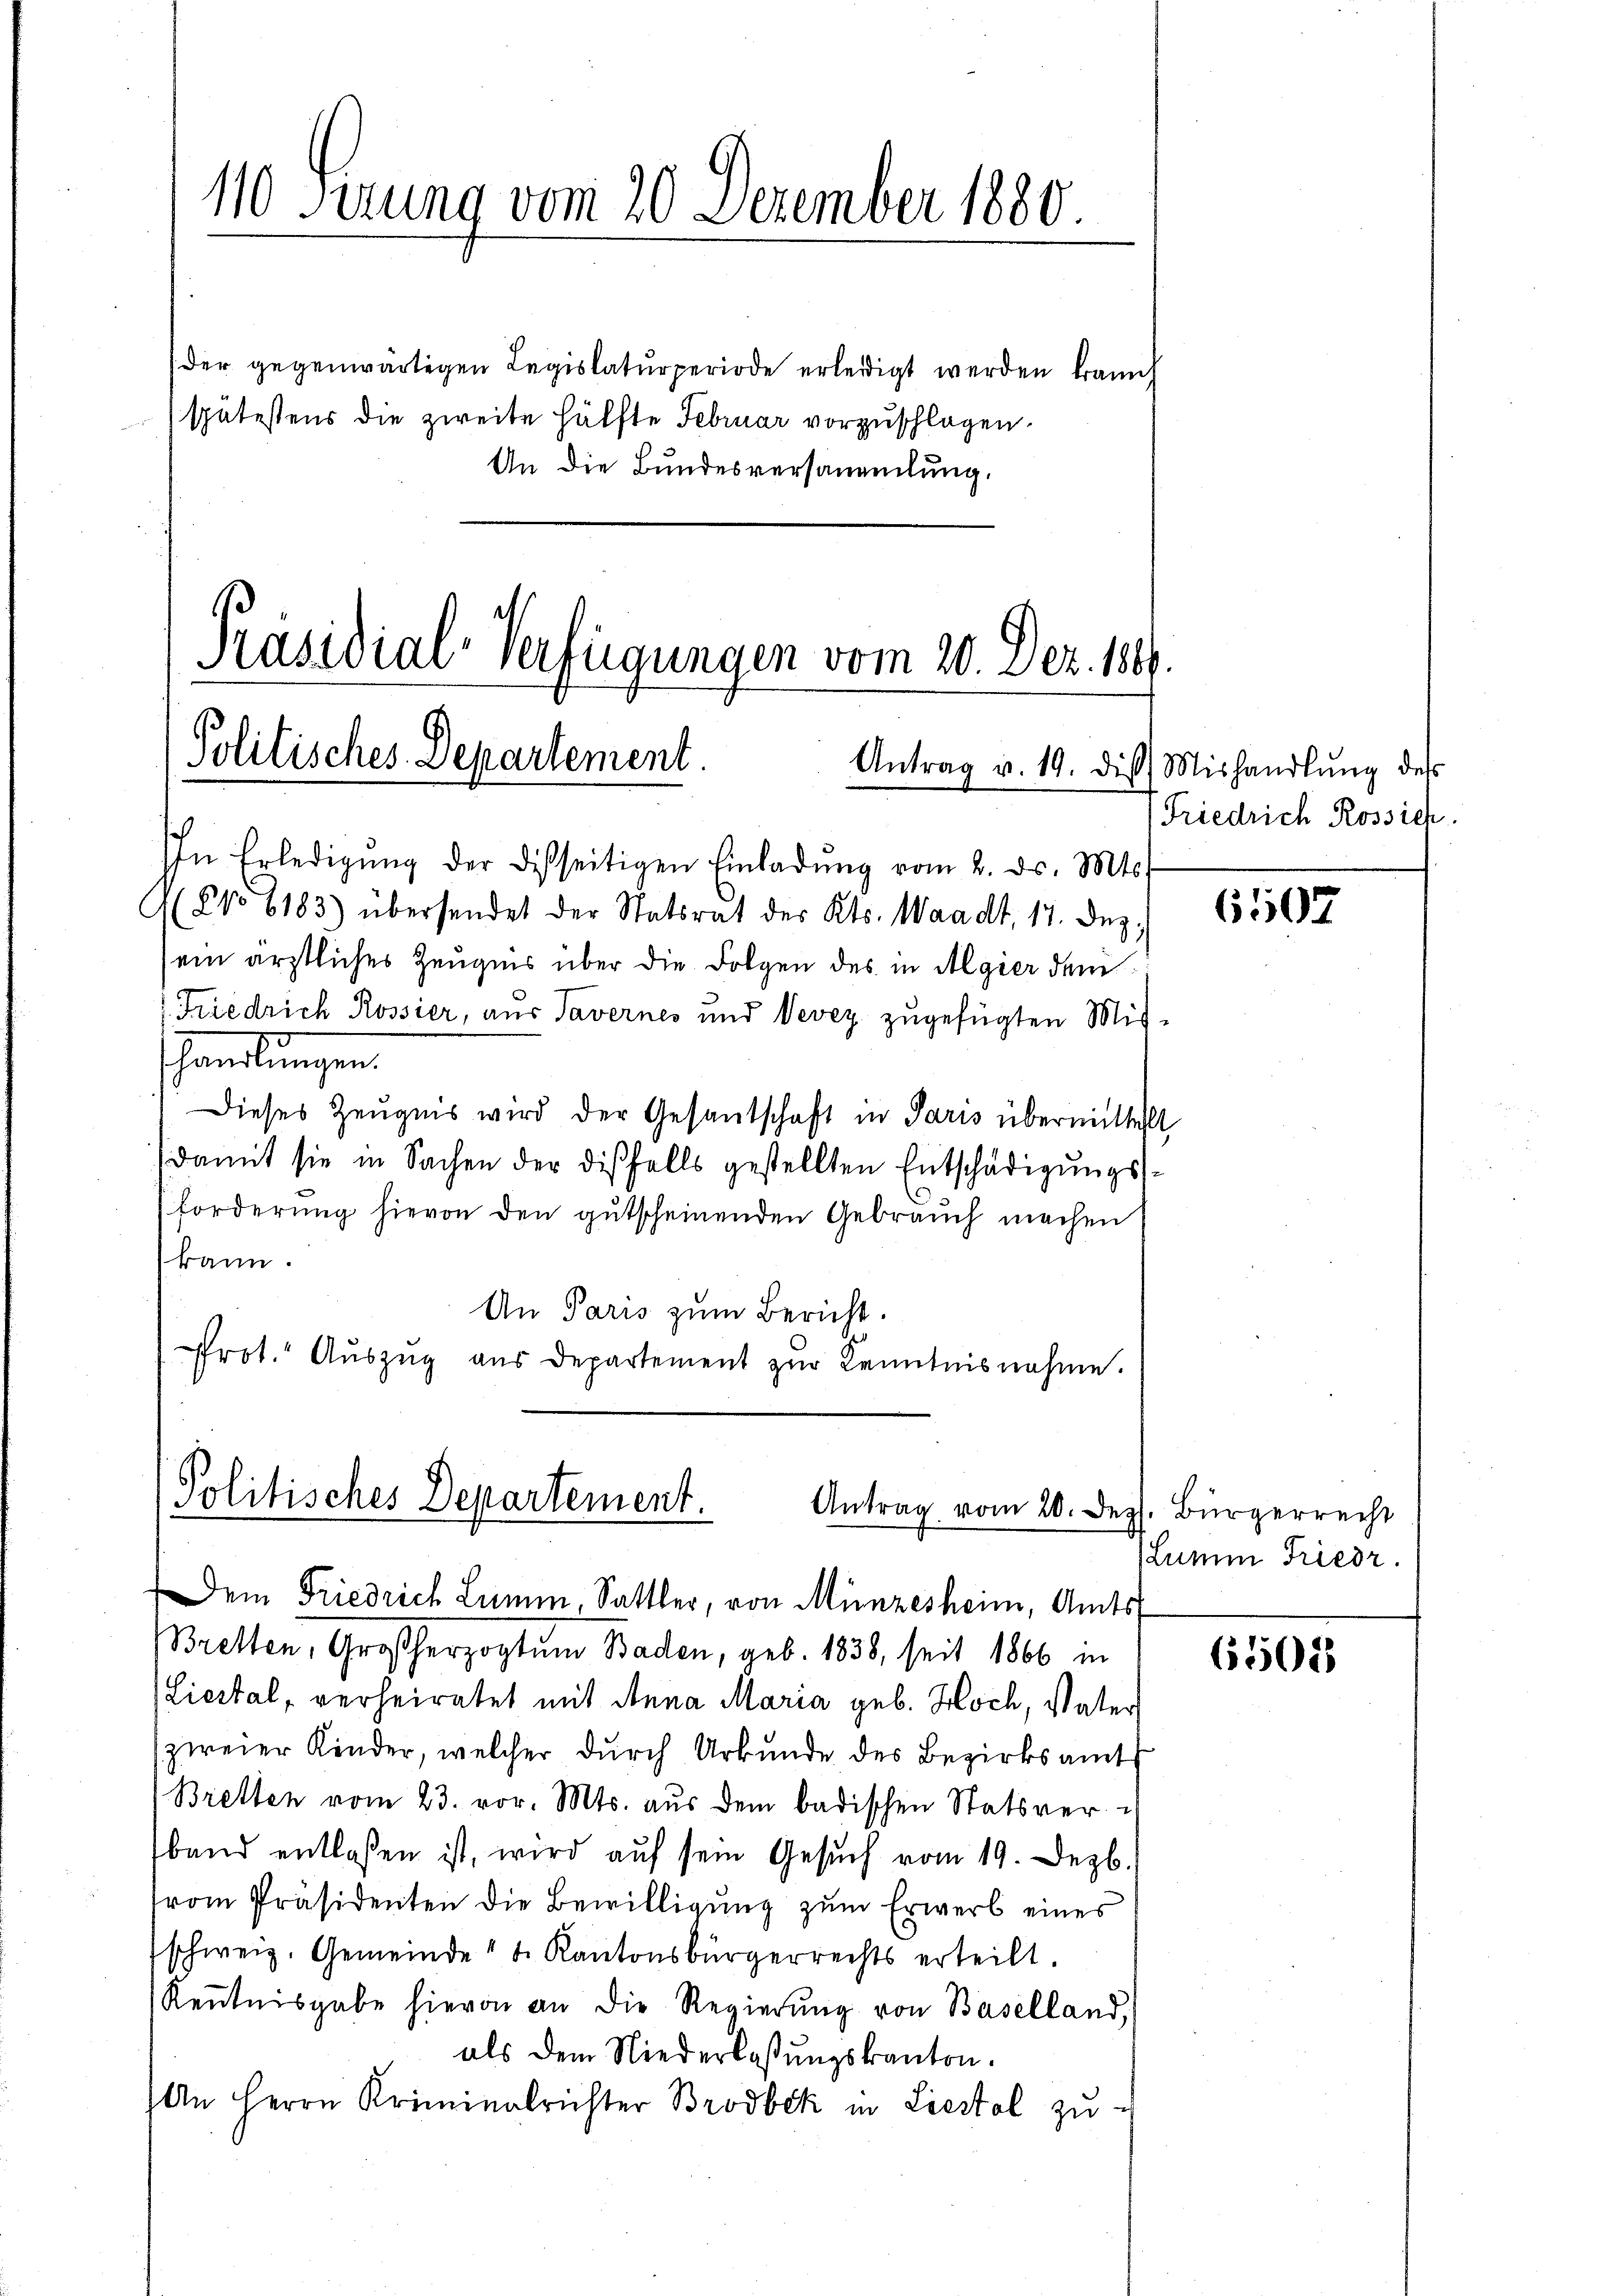
110 Perung vom 20. Dezember 1880.

der gegenwärtigen Legislaturperiode erleidigt werden kann,
spätestens die zweite Hälfte Februar vorzuschlagen.
An die Bundesversammlung.

Präsidial-Verfügungen vom 20. Dez. 1889.
Politisches Departement.
Antrag v. 19. die Mishandlŭng des

In Erledigŭng der disseitigen Einladŭng vom 2. ds. Mts.
(No 6183) übersendet der Statsrat des Kts. Waadt, 17. Dez.
sein ärztliches Zeugnis über die Folgen des in Algier dem
Friedrich Rossier, aus Tavernes und Vevey zugefügten Mit¬
Handlungen.
Dieses Zeugnis wird der Gesandschaft in Paris übermittelt
damit sie in Sachen der diesfalls gestellten Entschädigungsforderŭng hievon den gŭtscheinenden Gebrauch machen
kann.
An Paris zum Bericht.
Prot." Aŭszŭg aŭs Departement zŭr Kenntnisnahme.

Politisches Departement.
Antrag vom 20. Dez. Bürgerrecht

Friedrich Rossich.

Dem Friedrich Linie, Sattler, von Münzesheim, Amts
Bretten, Großherzogtum Baden, geb. 1838, seit 1866 in
(Liestal, verheiratet mit Anna Maria geb. Hoch, Vater
zweier Kinder, welcher dŭrch Urkunde des Bezirksamt
Bretten vom 23. vor. Mts. aus dem badischen Statsver-
band entlassen ist, wird aŭf sein Gesŭch vom 19. Dezb.
rom Präsidenten die Bewilligŭng zŭm Erwerb eines
schweiz. Gemeinde" b. Kantonsbürgerrechts erteilt.
Keṅtnisgabe hievon an die Regierŭng von Baselland,
als dem Niederlaßungskanton.
An Herrn Kriminalrichter Brodbek in Liestal zu¬

6507

Lumm Friedr.

6502